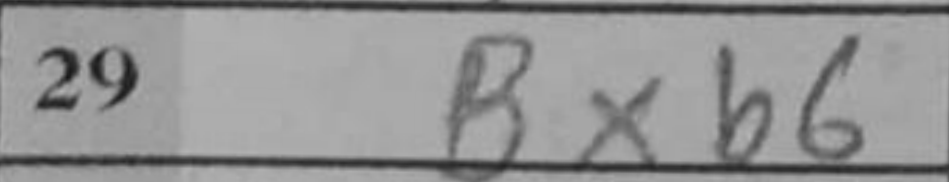
Transcription: Bxb6